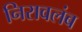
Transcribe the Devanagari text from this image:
निरावलंब